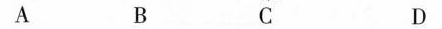
A B C D